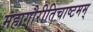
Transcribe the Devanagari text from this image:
महागौरीतिचाष्टमम्